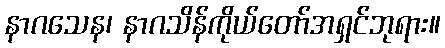
နာဂသေန၊ နာဂသိန်ကိုယ်တော်အရှင်ဘုရား။